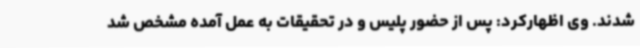
شدند. وی اظهارکرد: پس از حضور پلیس و در تحقیقات به عمل آمده مشخص شد